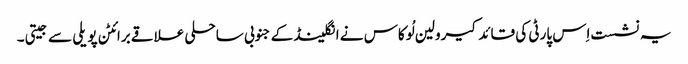
یہ نشست اِس پارٹی کی قائد کیرولین لُوکاس نے انگلینڈ کے جنوبی ساحلی علاقے برائٹن پویلی سے جیتی۔